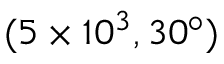
( 5 \times 1 0 ^ { 3 } , 3 0 ^ { \circ } )